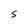
Character: S